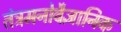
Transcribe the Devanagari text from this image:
तंत्रमनोवैज्ञानिक